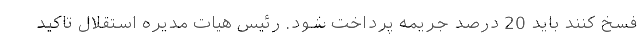
فسخ کنند باید 20 درصد جریمه پرداخت شود. رئیس هیات مدیره استقلال تاکید